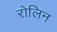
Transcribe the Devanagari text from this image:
रोलिन